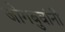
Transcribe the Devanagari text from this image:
जोगबुवांनी